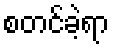
စတင်ခဲ့ရာ